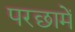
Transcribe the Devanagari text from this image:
परछामें